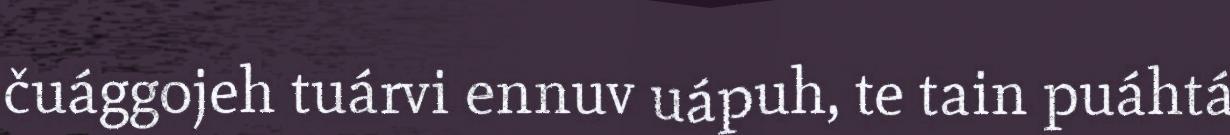
čuággojeh tuárvi ennuv uápuh, te tain puáhtá